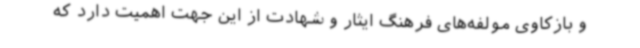
و بازکاوی مولفه‌های فرهنگ ایثار و شهادت از این جهت اهمیت دارد که